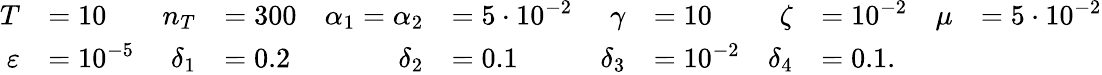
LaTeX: \begin{array}{rlrlrlrlrlrl}{T}&{=10}&{n_{T}}&{=300}&{\alpha_{1}=\alpha_{2}}&{=5\cdot 10^{-2}}&{\gamma}&{=10}&{\zeta}&{=10^{-2}}&{\mu}&{=5\cdot 10^{-2}}\\ {\varepsilon}&{=10^{-5}}&{\delta_{1}}&{=0.2}&{\delta_{2}}&{=0.1}&{\delta_{3}}&{=10^{-2}}&{\delta_{4}}&{=0.1.}\end{array}